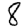
Digit: 8